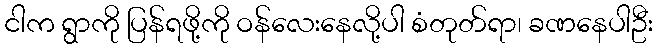
ငါက ရွာကို ပြန်ရဖို့ကို ဝန်လေးနေလို့ပါ စံတုတ်ရာ၊ ခဏနေပါဦး